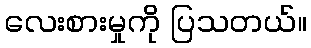
လေးစားမှုကို ပြသတယ်။